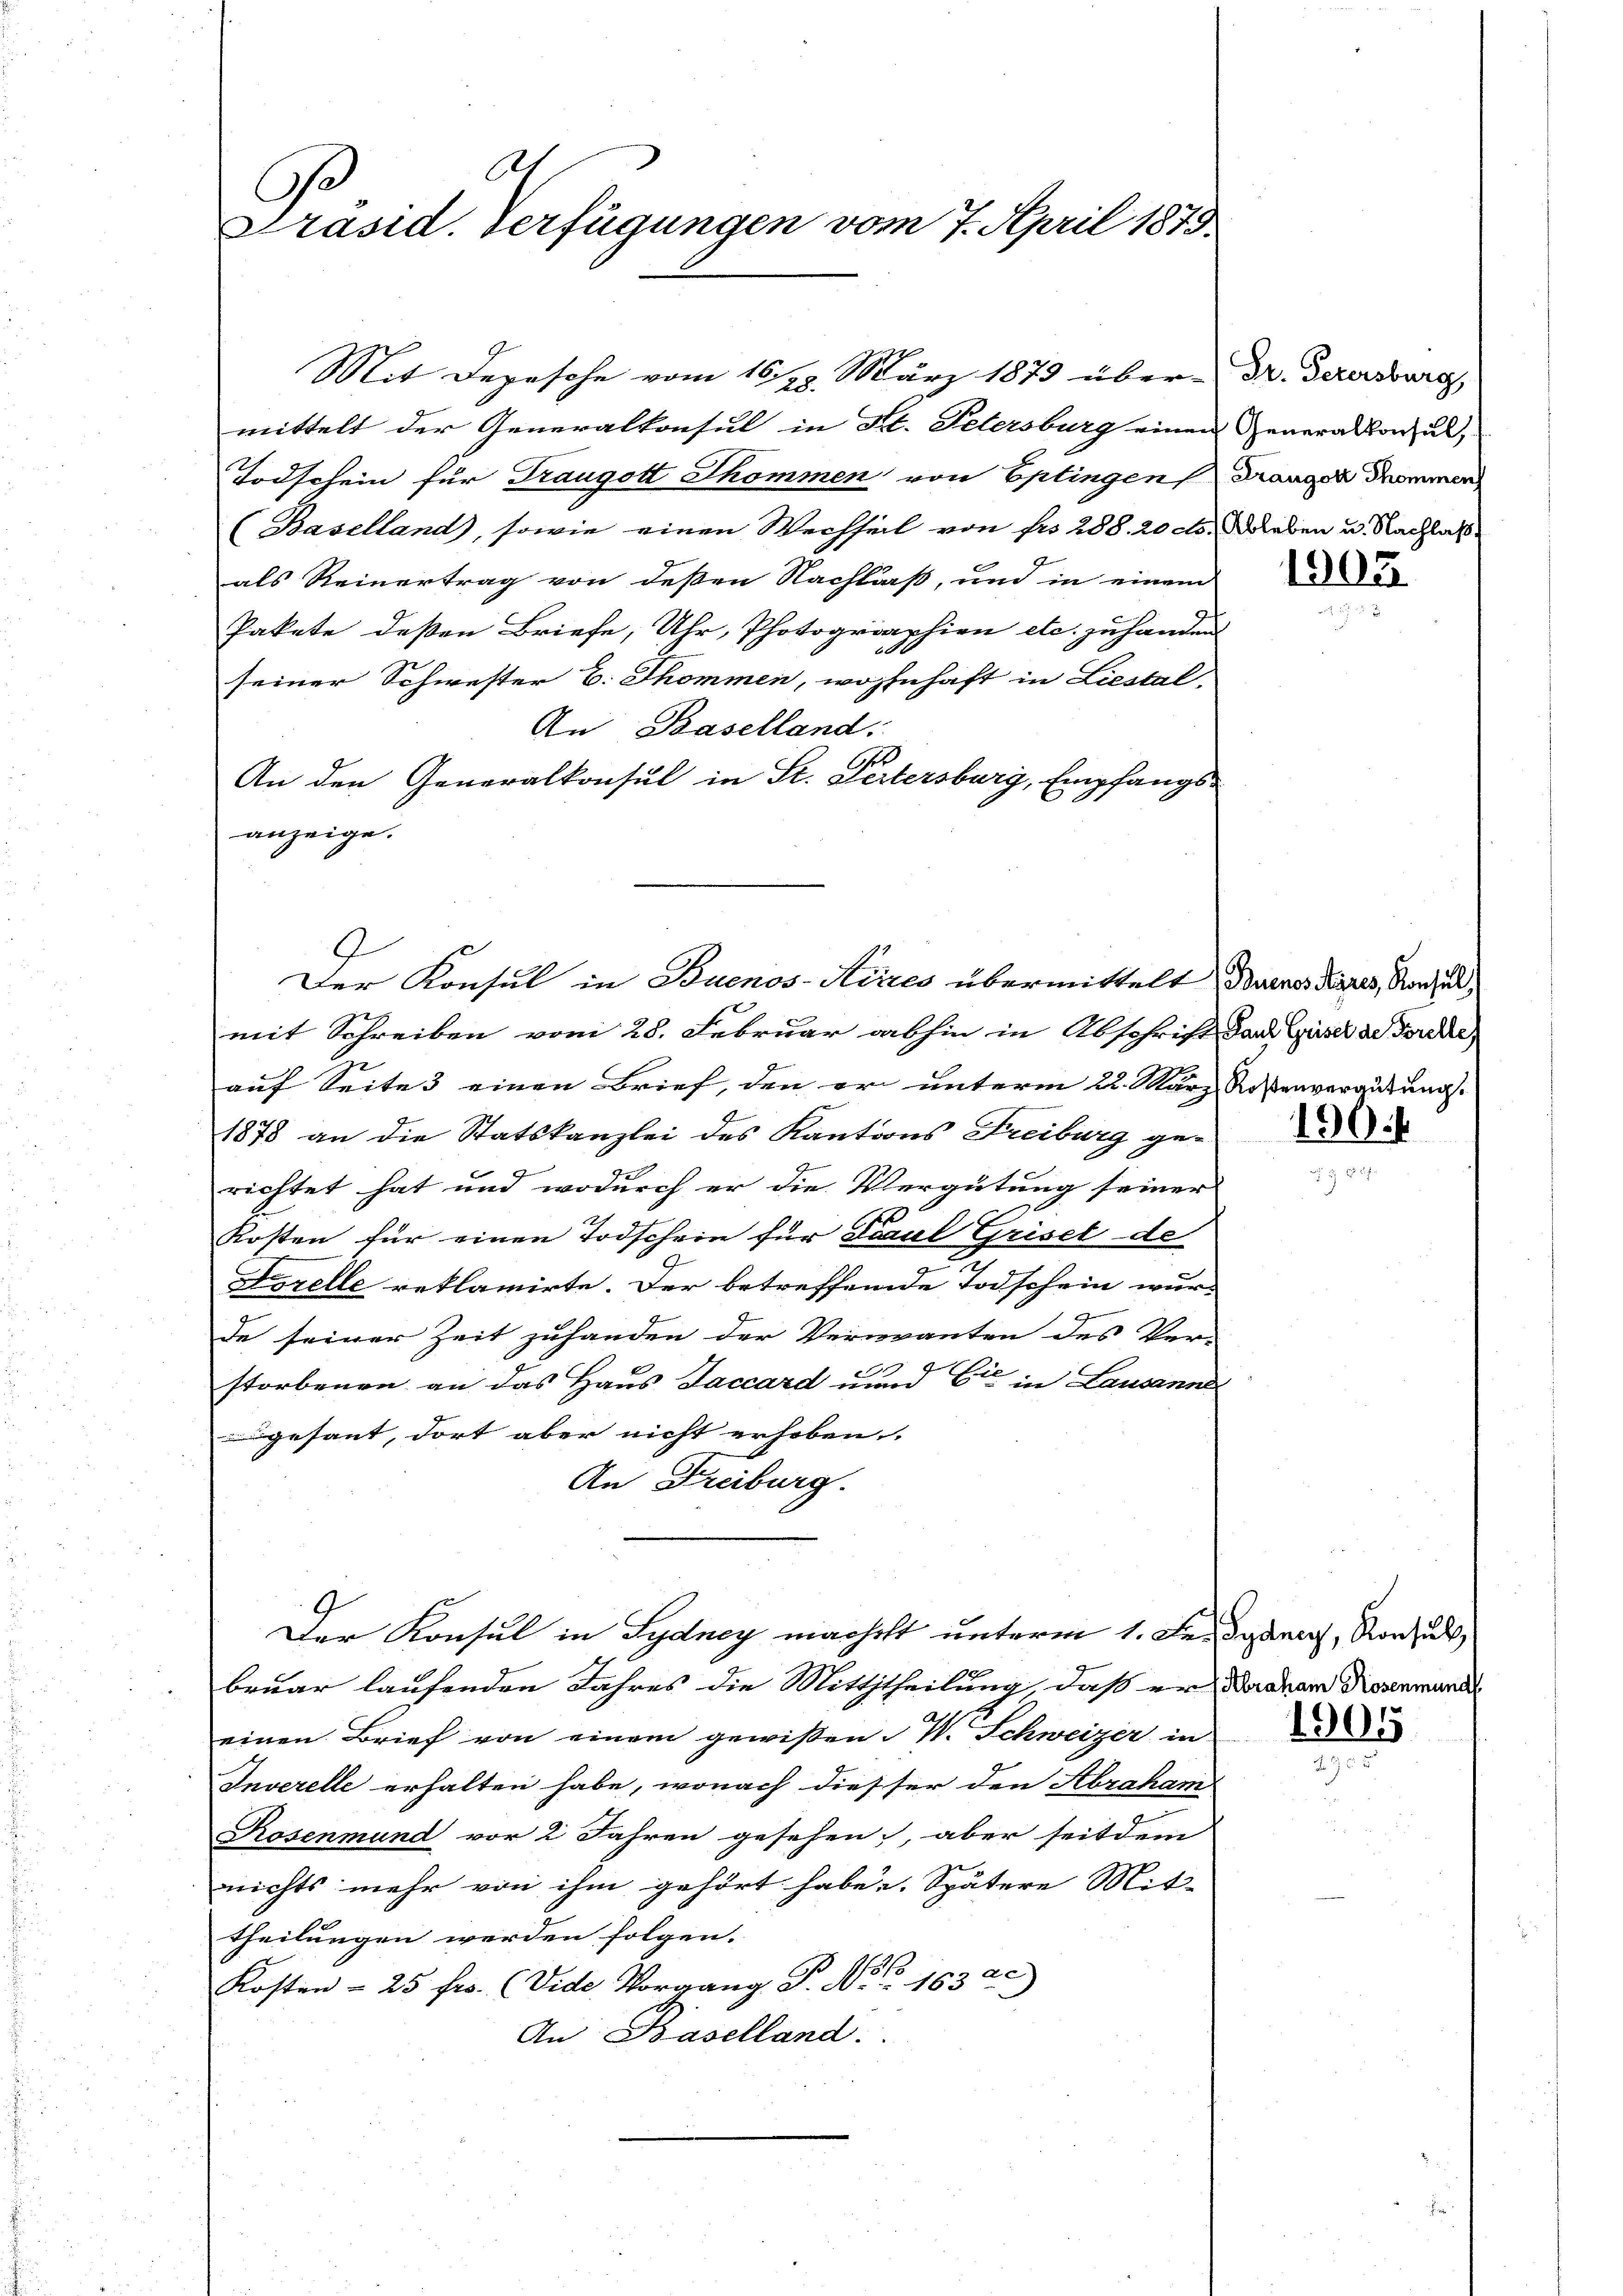
1
C
Präsid. Verfügungen vom 7. April 1873.

Mit Depesche vom 16/22. März 1873 über-
mittelt der Generalkonsul in St. Petersburg einen
Todschein für Traugott Thommen von Eptingen Drangen Sommen
(Baselland), sowie einen Wechheit von Fr. 288. 20 d. leben u. Nachlaß.
als Reinertrag von deßen Nachlaßt, und in einem
Pakete deßen Briefe, Uhr, Photographien etc. zu handen
seiner Schwester B. Thommen, wohnhaft in Liestal
An Baselland.
.
An den Generalkonsul in St. Pertersburg, Empfangs-
anzeige.
9.
mit Schreiben vom 28. Februar abhin in Abschrift das Guser werde,
auf Seite 3 einen Brief, den er unterm 22. März Rosenvergütung.
1878 an die Statskanzlei des Kantoons Freiburg gerichtet hat und wodurch er die Vergütung seiner
t
Kosten für einen Todschein für Paul Griset de
Forelle reklamirte. Der betreffende Todschein wur-
de seiner Zeit zuhanden der Vernanten des Ver-
storbenen an das Haus Taccard unnd Cie in Lausanne
gesant, dort aber nicht erhoben.
An Freiburg.
Der Konsul in Sydney macht unterm 1. Fendgang, Vorzul
bruar laufenden Jahres die Mitththeilung, daß er dadner Nasenmander
einen Brief von einem gewißen W. Schweizer in
Inverelle erhalten habe, wonach diesser den Abraham
Rosenmund vor 2 Jahren gesehen, aber seitdem
nichts mehr von ihm gehört habe. Spätere Mit-
theilungen werden folgen.
Kosten - 25 frs. (Vide Vorgang T. No. 1832)
An Baselland.

Der Konsul in Buenos-Aires übermittelt Burnos Pares, Rache,

Dr. Petersburg
Generalkonsul,

1902

190.

1905